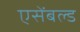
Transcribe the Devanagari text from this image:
एसेंबल्ड